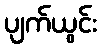
ပျက်ယွင်း